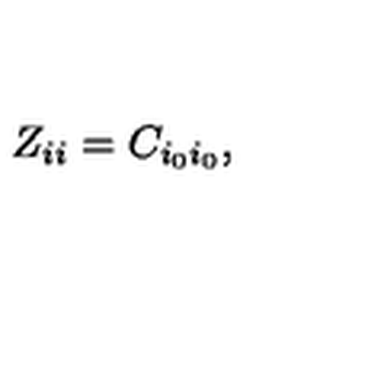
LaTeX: Z _ { i i } = C _ { i _ { 0 } i _ { 0 } } ,